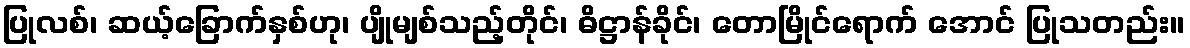
ပြုလစ်၊ ဆယ့်ခြောက်နှစ်ဟု၊ ပျိုမျစ်သည့်တိုင်၊ ဓိဋ္ဌာန်ခိုင်၊ တောမြိုင်ရောက် အောင် ပြုသတည်း။